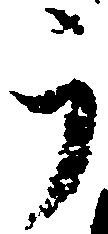
う